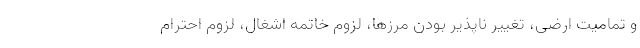
و تمامیت ارضی، تغییر ناپذیر بودن مرزها، لزوم خاتمه اشغال، لزوم احترام